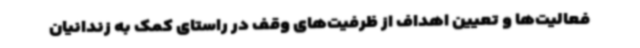
فعالیت‌ها و تعیین اهداف از ظرفیت‌های وقف در راستای کمک به زندانیان